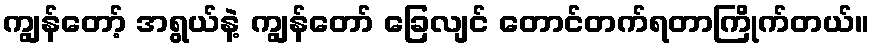
ကျွန်တော့် အရွယ်နဲ့ ကျွန်တော် ခြေလျင် တောင်တက်ရတာကြိုက်တယ်။